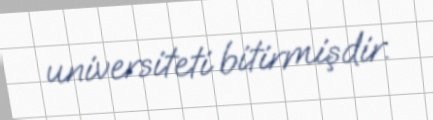
universiteti bitirmişdir.